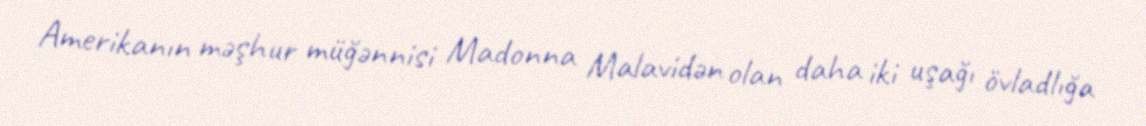
Amerikanın məşhur müğənnisi Madonna Malavidən olan daha iki uşağı övladlığa